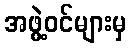
အဖွဲ့ဝင်များမှ